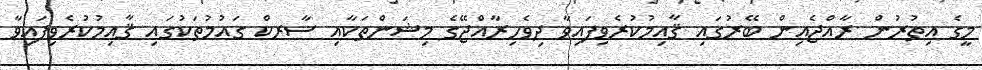
މީގެ އިތުރުން ރާއްޖެއިން ބޭރުގައި ޤާއިމުކުރެވިފައިވާ ދިވެހިރާއްޖޭގެ މިޝަންތަކާއި ސާރކް ގައުމުތަކުގައި ޤާއިމުކުރެވިފައިވާ